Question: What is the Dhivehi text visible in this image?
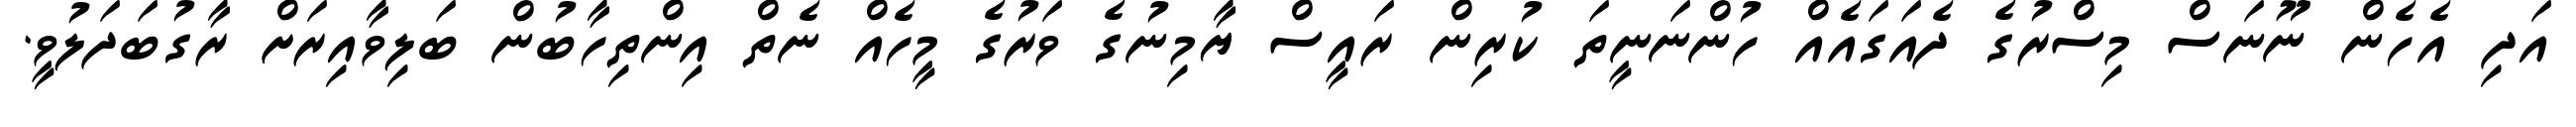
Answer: އަދި އެހެން ނޫނަސް މިސްރުގެ ދެއަގައެއް ހުންނަނީތަ ކުރިން ރައީސް ޔާމިނުގެ ވަރުގެ މީހެއް ނެތް އިންތިހާބުން ބަލިވާއިރަށް ރާގުބަދަލުވީ.